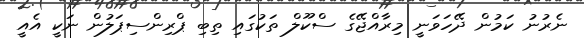
ނެރުނު ކަމުން ދޭހަވަނީ މިރާއްޖޭގެ ސްކޫލް ތަކުގައި ތިބި ޕްރިންސިޕަލުން ނަކީ އެއީ